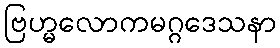
ဗြဟ္မလောကမဂ္ဂဒေသနာ